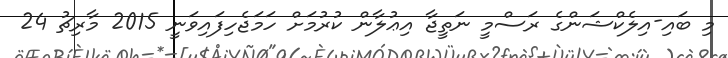
މި ބައި-އިލެކްޝަންގެ ރަސްމީ ނަތީޖާ އިޢުލާން ކުރުމަށް ހަމަޖެހިފައިވަނީ 2015 މާރިޗު 24